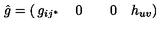
\hat { g } = \left( \begin{matrix} { g _ { i j ^ { * } } } & { \quad 0 \quad } \\ { \quad 0 \quad } & { h _ { u v } } \\ \end{matrix} \right)